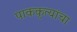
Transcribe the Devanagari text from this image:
पाककृत्यांचा